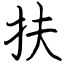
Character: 扶